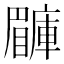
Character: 𥌙